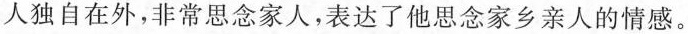
人独自在外，非常思念家人，表达了他思念家乡亲人的情感。